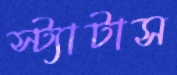
স্ট্যাটাস